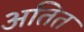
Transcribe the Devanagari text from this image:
अतित